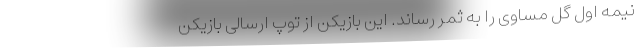
نیمه اول گل مساوی را به ثمر رساند. این بازیکن از توپ ارسالی بازیکن